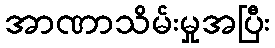
အာဏာသိမ်းမှုအပြီး